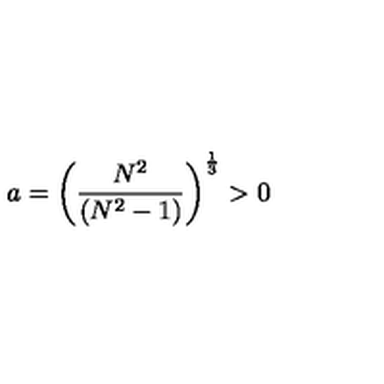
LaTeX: a = \left( \frac { N ^ { 2 } } { ( N ^ { 2 } - 1 ) } \right) ^ { \frac { 1 } { 3 } } > 0